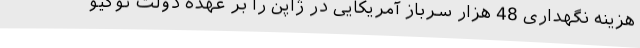
هزینه نگهداری 48 هزار سرباز آمریکایی در ژاپن را بر عهده دولت توکیو